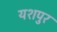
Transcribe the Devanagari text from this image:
यशपुर